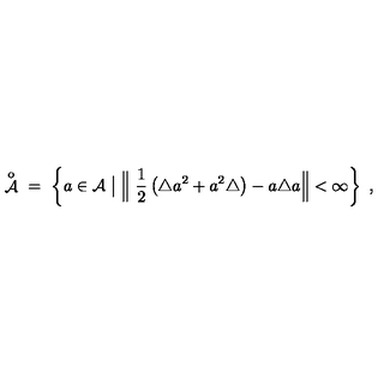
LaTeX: \displaystyle \mathop { { \mathcal A } } ^ { \mathrm { o } } \ = \ \left\{ a \in { \mathcal A } \bigm | \Big \| \ \frac 1 2 \left( \triangle a ^ { 2 } + a ^ { 2 } \triangle \right) - a \triangle a \Big \| < \infty \right\} \ ,